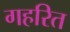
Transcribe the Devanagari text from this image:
गहरित